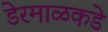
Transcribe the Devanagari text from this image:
डेरमाळकडे